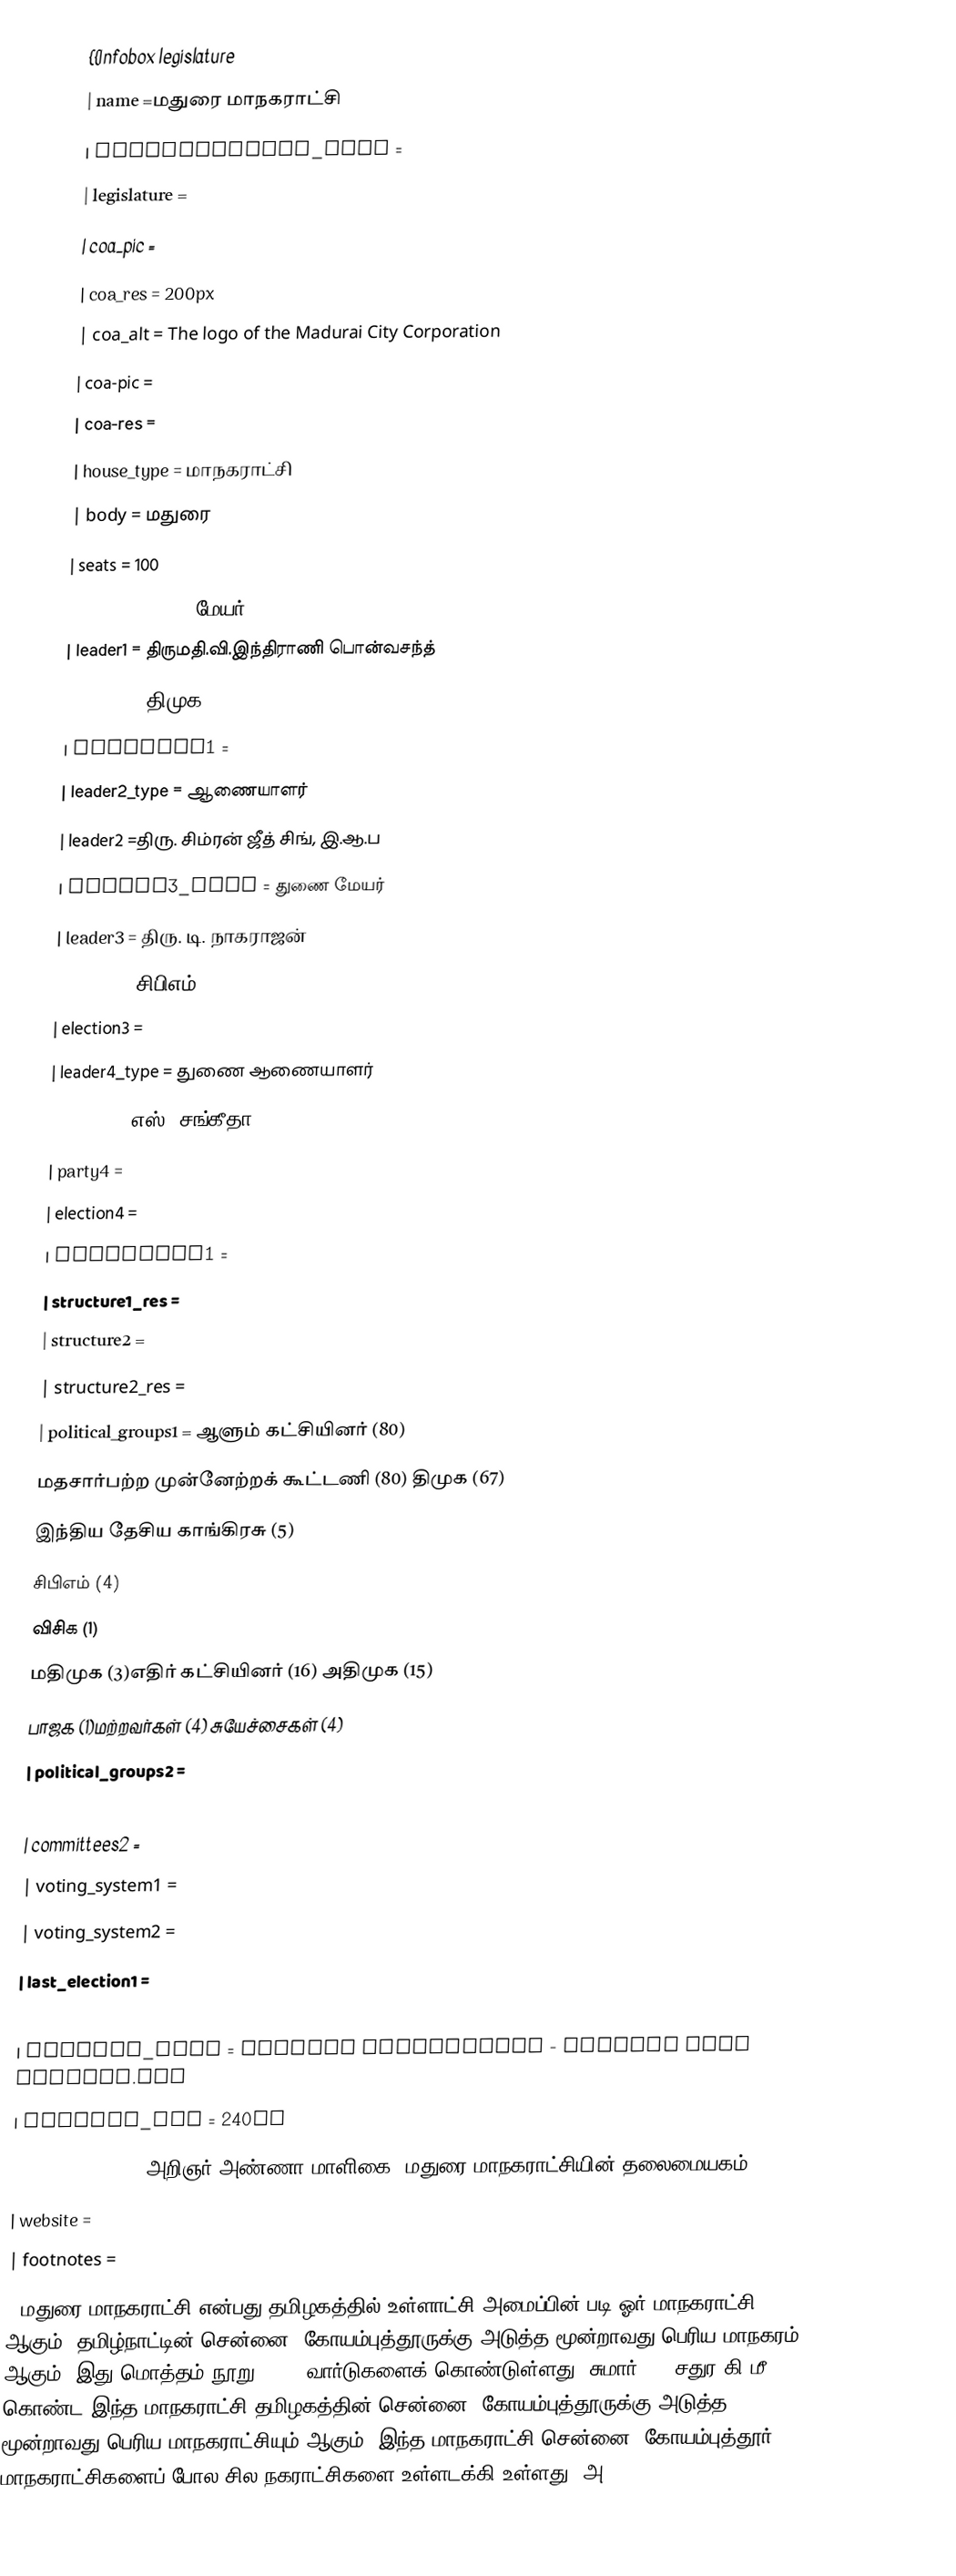
{{Infobox legislature
 | name               =மதுரை மாநகராட்சி
 | transcription_name =
 | legislature        =
 | coa_pic            =
 | coa_res            = 200px
 | coa_alt            = The logo of the Madurai City Corporation
 | coa-pic            =
 | coa-res            =
 | house_type         = மாநகராட்சி
 | body               = மதுரை
 | seats             = 100
 | leader1_type      = மேயர்
 | leader1           = திருமதி.வி.இந்திராணி பொன்வசந்த்
 | party1            = திமுக
 | election1         =
 | leader2_type      = ஆணையாளர்
 | leader2           =திரு. சிம்ரன் ஜீத் சிங், இ.ஆ.ப
 | leader3_type      = துணை மேயர்
 | leader3           = திரு. டி. நாகராஜன்
 | party3            = சிபிஎம்
 | election3         =
 | leader4_type      = துணை ஆணையாளர்
 | leader4           =எஸ். சங்கீதா
 | party4            =
 | election4         =
 | structure1        =
 | structure1_res    =
 | structure2        =
 | structure2_res    =
 | political_groups1 = ஆளும் கட்சியினர்  (80)
 மதசார்பற்ற முன்னேற்றக் கூட்டணி (80) திமுக  (67)
 இந்திய தேசிய காங்கிரசு (5)
  சிபிஎம் (4)
 விசிக (1)
 மதிமுக (3)எதிர் கட்சியினர்  (16) அதிமுக (15)
 பாஜக (1)மற்றவர்கள் (4) சுயேச்சைகள் (4)
 | political_groups2 =
 | committees1       =
 | committees2       =
 | voting_system1    =
 | voting_system2    =
 | last_election1    =
 | last_election2    =
 | session_room      = Madurai Corporation - Arignar Anna Maligai.JPG
 | session_res       = 240px
 | meeting_place     = அறிஞர் அண்ணா மாளிகை (மதுரை மாநகராட்சியின் தலைமையகம்)
 | website           =
 | footnotes         =
}}மதுரை மாநகராட்சி என்பது தமிழகத்தில் உள்ளாட்சி அமைப்பின் படி ஓர் மாநகராட்சி ஆகும். தமிழ்நாட்டின் சென்னை, கோயம்புத்தூருக்கு அடுத்த மூன்றாவது பெரிய மாநகரம் ஆகும். இது மொத்தம் நூறு (100) வார்டுகளைக் கொண்டுள்ளது. சுமார் 147 சதுர கி.மீ கொண்ட இந்த மாநகராட்சி  தமிழகத்தின் சென்னை, கோயம்புத்தூருக்கு அடுத்த மூன்றாவது பெரிய மாநகராட்சியும் ஆகும். இந்த மாநகராட்சி சென்னை, கோயம்புத்தூர் மாநகராட்சிகளைப் போல சில நகராட்சிகளை உள்ளடக்கி உள்ளது. அ